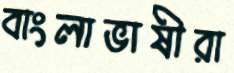
বাংলাভাষীরা